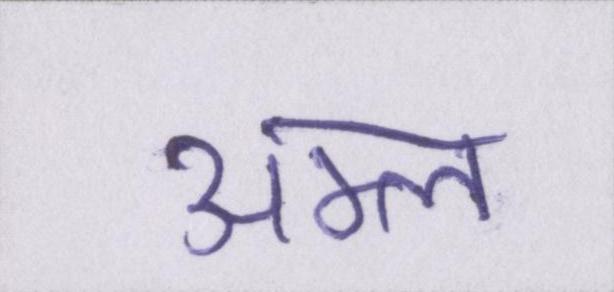
अम्ल